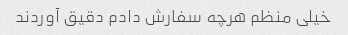
خیلی منظم هرچه سفارش دادم دقیق آوردند